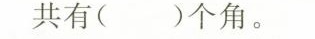
共有()个角。